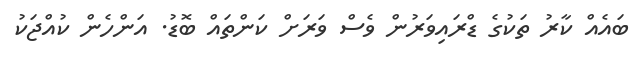
ބައެއް ކާރު ތަކުގެ ޑްރައިވަރުން ވެސް ވަރަށް ކަންތައް ބޮޑު. އަންހެން ކުއްޖަކު